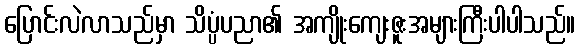
ပြောင်းလဲလာသည်မှာ သိပ္ပံပညာ၏ အကျိုးကျေးဇူးအများကြီးပါပါသည်။